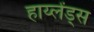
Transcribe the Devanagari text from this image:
हाय्लेंड्स